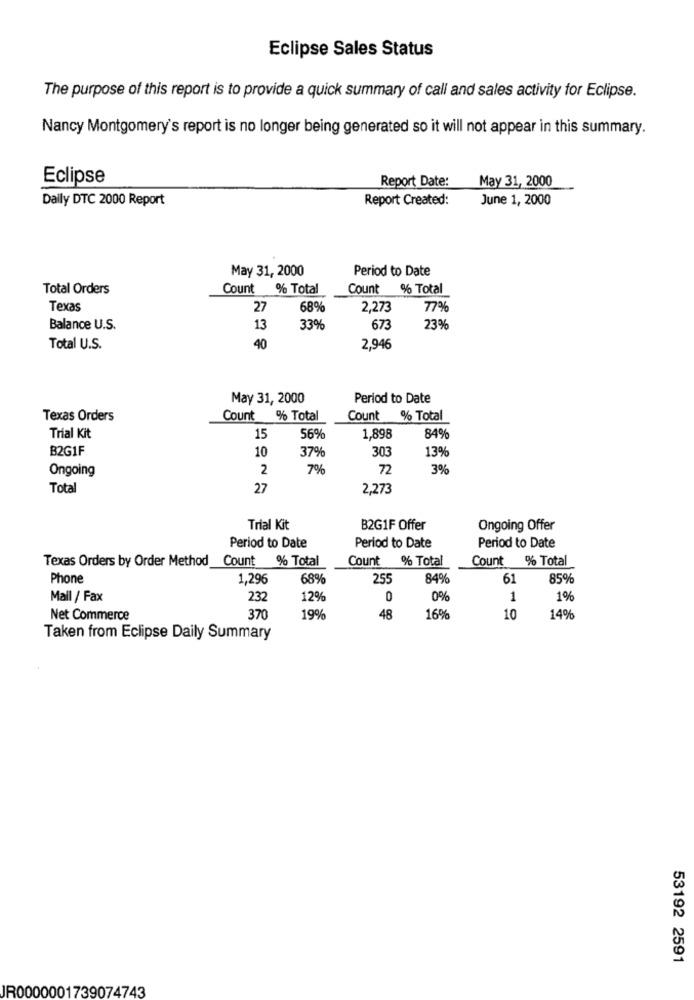
Eclipse Sales Status
The purpose of this report is to provide a quick summary of call and sales activity for Eclipse.
Nancy Montgomery's report is no longer being generated so it will not appear in this summary.
Eclipse
Report Date:
May 31, 2000
Daily DTC 2000 Report
Report Created:
June 1, 2000
May 31, 2000
Period to Date
Total Orders
Count % Total
Count
% Total
Texas
27
68%
2,273
77%
Balance U.S.
13
33%
673
23%
Total U.S.
40
2,946
May 31, 2000
Period to Date
Texas Orders
Count
% Total
Count % Total
Trial Kit
15
56%
1,898
84%
B2G1F
10
303
13%
37%
2
7%
72
3%
Ongoing
Total
27
2,273
Trial Kit
B2G1F Offer
Ongoing Offer
Period to Date
Period to Date
Period to Date
Texas Orders by Order Method
Count % Total
Count % Total
Count % Total
Phone
1,296
68%
255
84%
61
85%
Mall / Fax
232
12%
0
0%
1
1%
Net Commerce
370
19%
48
16%
10
14%
Taken from Eclipse Daily Summary
53192 2591
JR0000001739074743